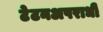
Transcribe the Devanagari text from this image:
टेटनअपराधी